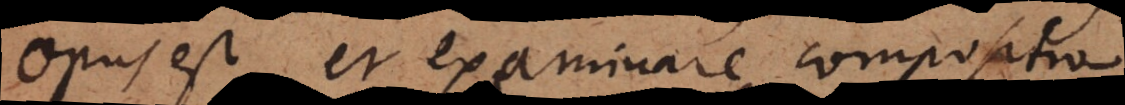
Opus est et examinare compositio